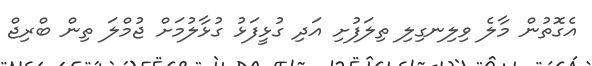
އެގޮތުން މާލެ ވިލިނގިލި ތިލަފުށި އަދި ގުޅީފަޅު ގުޅާލުމަށް ޖުމްލަ ތިން ބްރިޖް